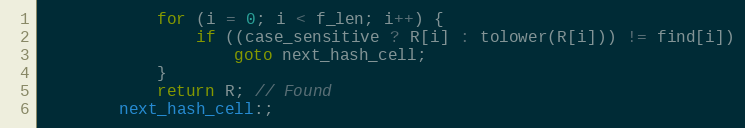
Language: C
            for (i = 0; i < f_len; i++) {
                if ((case_sensitive ? R[i] : tolower(R[i])) != find[i])
                    goto next_hash_cell;
            }
            return R; // Found
        next_hash_cell:;